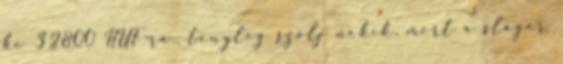
ki 32800 HUF-ra., tényleg szólj nekik, mert a sláger